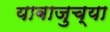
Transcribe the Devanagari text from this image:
याबाजुच्या